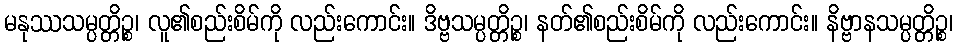
မနုဿသမ္ပတ္တိဉ္စ၊ လူ၏စည်းစိမ်ကို လည်းကောင်း။ ဒိဗ္ဗသမ္ပတ္တိဉ္စ၊ နတ်၏စည်းစိမ်ကို လည်းကောင်း။ နိဗ္ဗာနသမ္ပတ္တိဉ္စ၊